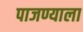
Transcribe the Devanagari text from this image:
पाजण्याला